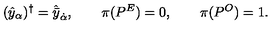
( \hat { y } _ { \alpha } ) ^ { \dagger } = \hat { \bar { y } } _ { \dot { \alpha } } , \qquad \pi ( P ^ { E } ) = 0 , \qquad \pi ( P ^ { O } ) = 1 .